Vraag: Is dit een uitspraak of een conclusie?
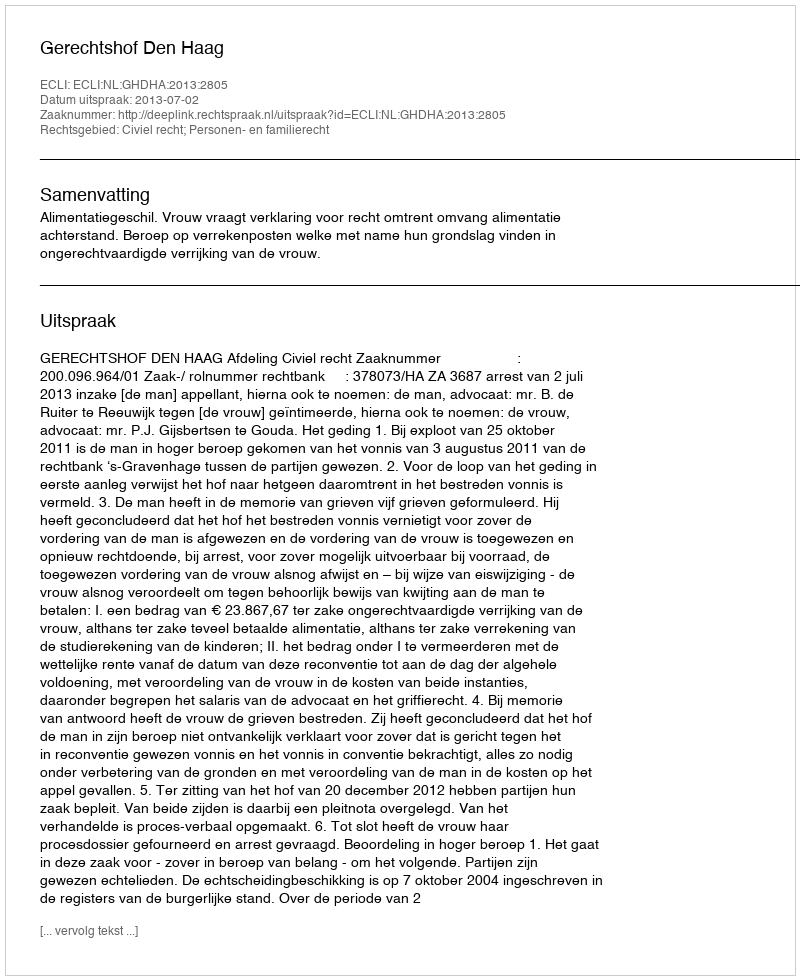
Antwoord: Uitspraak